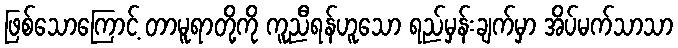
ဖြစ်သောကြောင့် တာမူရာတို့ကို ကူညီရန်ဟူသော ရည်မှန်းချက်မှာ အိပ်မက်သာသာ